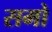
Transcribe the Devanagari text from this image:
समो